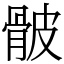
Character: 骳